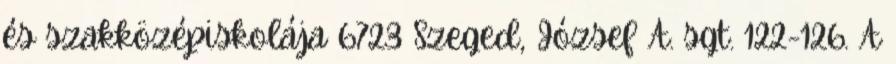
és szakközépiskolája 6723 Szeged, József A. sgt. 122-126. A